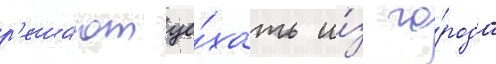
р'еша́ют уе́хать и́з го́рода